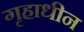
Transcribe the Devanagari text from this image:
गृहाधीन